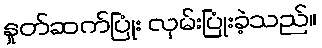
နှုတ်ဆက်ပြုံး လှမ်းပြုံးခဲ့သည်။